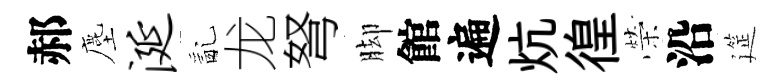
郝塵涎亂龙弩脚館遍炕徨榮沿筵